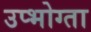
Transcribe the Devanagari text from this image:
उप्भोग्ता